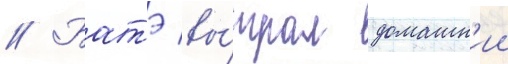
// Батэ вы́играл домашн'ии